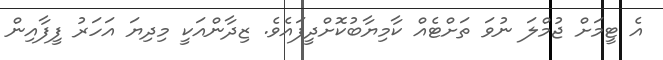
އެ ޓީމަށް ޖުމްލަ ނުވަ ތަށްޓެއް ކާމިޔާބުކޮށްދީފައެވެ. ޒިދާންއަކީ މިދިޔަ އަހަރު ފީފާއިން